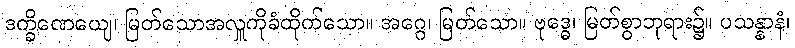
ဒက္ခိဏေယျေ၊ မြတ်သောအလှူကိုခံထိုက်သော။ အဂ္ဂေ၊ မြတ်သော။ ဗုဒ္ဓေ၊ မြတ်စွာဘုရား၌။ ပသန္နာနံ၊